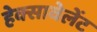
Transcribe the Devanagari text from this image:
हेक्सावेलेंट